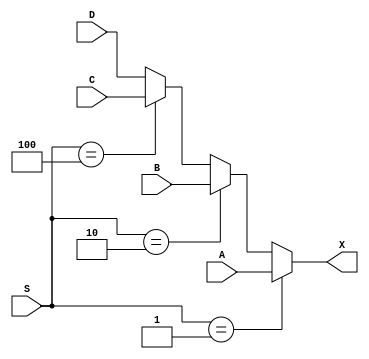
module mux_4x1_23bit (
    input [3:0] S,
    input [22:0] A, B, C, D,
    output reg [22:0] X
);

always @ (*) 
    begin
        if (S == 4'b0001)
            X <= A;
        else if (S == 4'b0010)
            X <= B;
        else if (S == 4'b0100)
            X <= C;
        else
            X <= D;
    end
endmodule